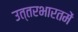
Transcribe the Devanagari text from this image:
उत्तरभारतमें